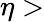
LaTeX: \eta>